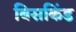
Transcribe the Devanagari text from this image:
बिसकिंड